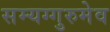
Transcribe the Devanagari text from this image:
सम्यग्गुरुमेव